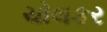
ચોલકર